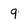
Character: 9